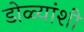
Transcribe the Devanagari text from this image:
डोळ्यांशी